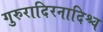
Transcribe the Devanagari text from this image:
गुरुरादिरनादिश्च